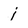
Character: j